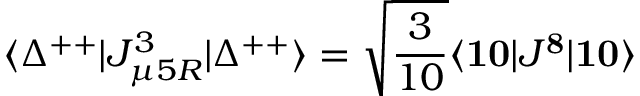
\langle \Delta ^ { + + } | J _ { \mu 5 R } ^ { 3 } | \Delta ^ { + + } \rangle = \sqrt { { \frac { 3 } { 1 0 } } } \langle { \bf { 1 0 } } | J ^ { \bf 8 } | { \bf { 1 0 } } \rangle